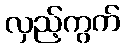
လှည့်ကွက်